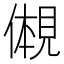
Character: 𫌠